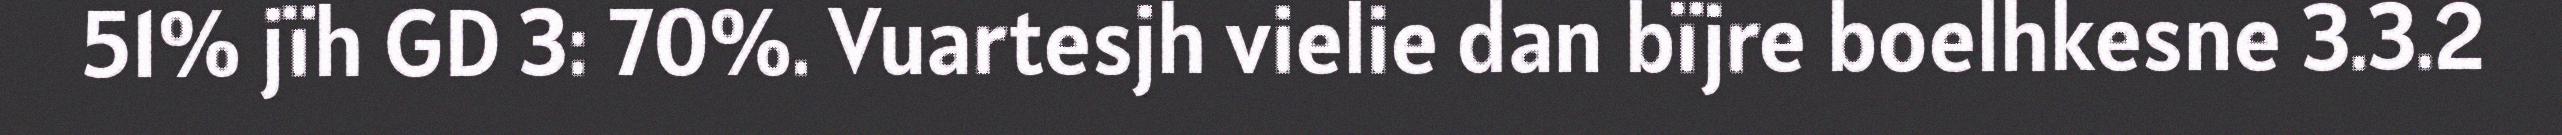
51% jïh GD 3: 70%. Vuartesjh vielie dan bïjre boelhkesne 3.3.2